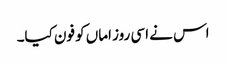
اس نے اسی روز اماں کو فون کیا۔